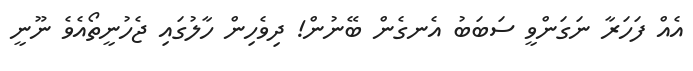
އެއް ފަހަރާ ނަގަންވީ ސަބަބު އެނގެން ބޭނުން! ދިވެހިން ހާލުގައި ޖެހުނީތޯއެވެ ނޫނީ